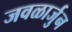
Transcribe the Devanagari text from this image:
जवळार्जुन